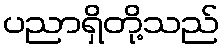
ပညာရှိတို့သည်